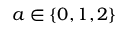
a \in \{ 0 , 1 , 2 \}